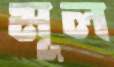
মূল